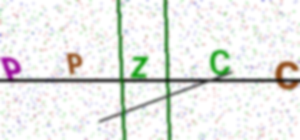
Text: PPZCC